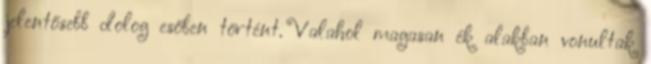
jelentősebb dolog esőben történt. Valahol magasan ék alakban vonultak